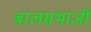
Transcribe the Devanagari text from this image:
बालसंभाजी